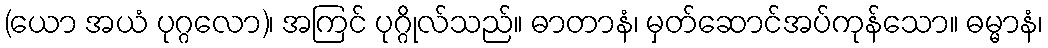
(ယော အယံ ပုဂ္ဂလော)၊ အကြင် ပုဂ္ဂိုလ်သည်။ ဓာတာနံ၊ မှတ်ဆောင်အပ်ကုန်သော။ ဓမ္မာနံ၊